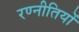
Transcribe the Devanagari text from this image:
रण्नीतियों